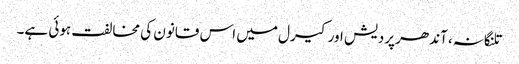
تلنگانہ، آندھر پردیش اور کیرل میں اس قانون کی مخالفت ہوئی ہے۔